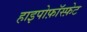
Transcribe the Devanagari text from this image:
हाइपोफ़ॉस्फ़ेट